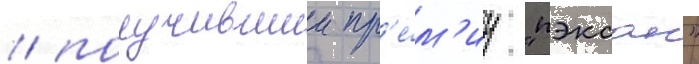
/ получившии пр'е́м'иу "пэксан"